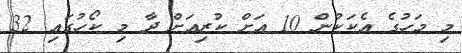
މި މަހުގެ އެކަކުން 10 އަށް ކުރިއަށް ދާ މި ކޯހުގައި 32